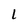
Character: 1